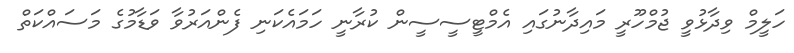
ހަލީމް ވިދާޅުވީ ޖުމްހޫރީ މައިދާނުގައި އެމްޓީސީސީން ކުރާނީ ހަމައެކަނި ފެންއަރުވާ ވަޑާމުގެ މަސައްކަތް